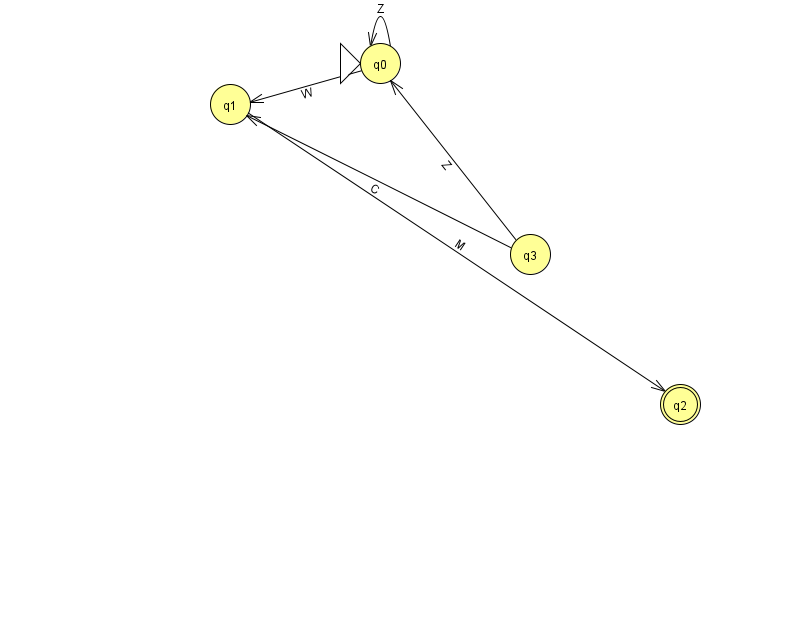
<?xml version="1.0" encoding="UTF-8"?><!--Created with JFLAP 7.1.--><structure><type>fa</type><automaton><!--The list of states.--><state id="0" name="q0"><x>380.0</x><y>50.0</y><initial/></state><state id="1" name="q1"><x>230.0</x><y>91.0</y></state><state id="2" name="q2"><x>680.0</x><y>391.0</y><final/></state><state id="3" name="q3"><x>530.0</x><y>241.0</y></state><!--The list of transitions.--><transition><from>3</from><to>0</to><read>Z</read></transition><transition><from>0</from><to>1</to><read>W</read></transition><transition><from>0</from><to>0</to><read>Z</read></transition><transition><from>1</from><to>2</to><read>M</read></transition><transition><from>3</from><to>1</to><read>C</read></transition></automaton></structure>